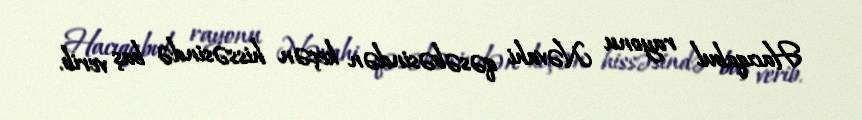
Hacıqabul rayonu Nəvahi qəsəbəsindən keçən hissəsində baş verib.